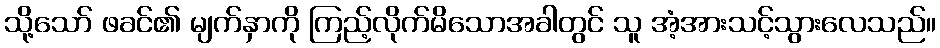
သို့သော် ဖခင်၏ မျက်နှာကို ကြည့်လိုက်မိသောအခါတွင် သူ အံ့အားသင့်သွားလေသည်။